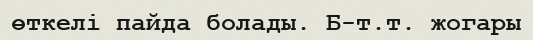
өткелі пайда болады. Б-т.т. жогары